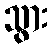
သွား